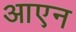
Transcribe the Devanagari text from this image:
आएन